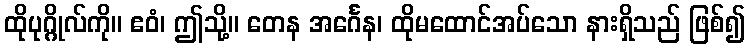
ထိုပုဂ္ဂိုလ်ကို။ ဧဝံ၊ ဤသို့။ တေန အင်္ဂေန၊ ထိုမထောင်အပ်သော နားရှိသည် ဖြစ်၍